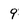
Character: 9